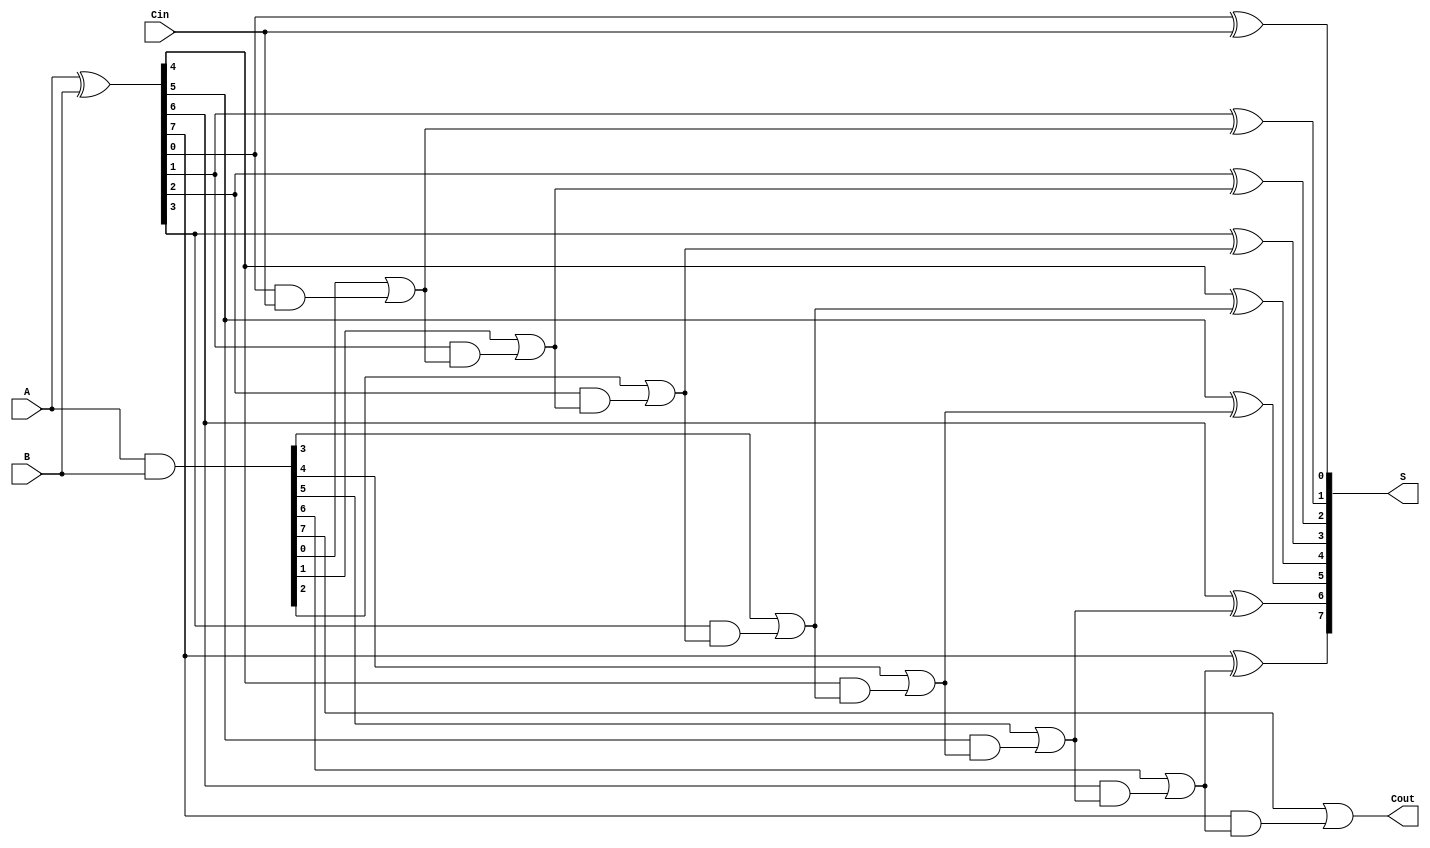
module PrecomputationCarryAdder #(parameter N = 8) (
    input  wire [N-1:0] A,      // First n-bit input
    input  wire [N-1:0] B,      // Second n-bit input
    input  wire Cin,             // Carry-in
    output wire [N-1:0] S,       // Sum output
    output wire Cout             // Carry-out
);

    // Generate and propagate signals
    wire [N-1:0] G; // Generate signals
    wire [N-1:0] P; // Propagate signals
    wire [N:0] C;   // Carry signals

    // Generate and propagate calculations
    assign G = A & B;          // Generate: G[i] = A[i] & B[i]
    assign P = A ^ B;          // Propagate: P[i] = A[i] ^ B[i]

    // Carry generation
    assign C[0] = Cin;         // Initial carry
    genvar i;
    generate
        for (i = 1; i <= N; i = i + 1) begin : carry_gen
            assign C[i] = G[i-1] | (P[i-1] & C[i-1]); // Carry: C[i] = G[i-1] | (P[i-1] & C[i-1])
        end
    endgenerate

    // Sum calculation
    generate
        for (i = 0; i < N; i = i + 1) begin : sum_calc
            assign S[i] = P[i] ^ C[i]; // Sum: S[i] = P[i] ^ C[i]
        end
    endgenerate

    // Final carry-out
    assign Cout = C[N]; // Carry-out: Cout = C[n]

endmodule